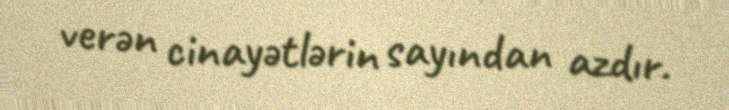
verən cinayətlərin sayından azdır.